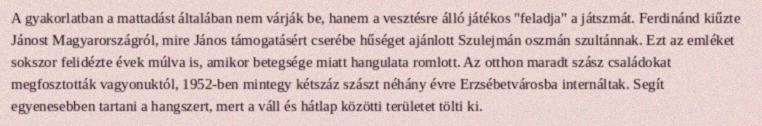
A gyakorlatban a mattadást általában nem várják be, hanem a vesztésre álló játékos "feladja" a játszmát. Ferdinánd kiűzte Jánost Magyarországról, mire János támogatásért cserébe hűséget ajánlott Szulejmán oszmán szultánnak. Ezt az emléket sokszor felidézte évek múlva is, amikor betegsége miatt hangulata romlott. Az otthon maradt szász családokat megfosztották vagyonuktól, 1952-ben mintegy kétszáz szászt néhány évre Erzsébetvárosba internáltak. Segít egyenesebben tartani a hangszert, mert a váll és hátlap közötti területet tölti ki.